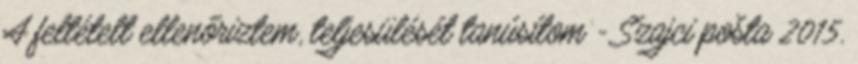
A feltételt ellenőriztem, teljesülését tanúsítom - Szajci pošta 2015.